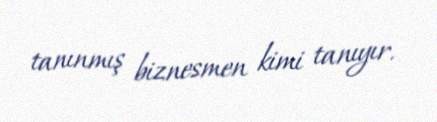
tanınmış biznesmen kimi tanıyır.